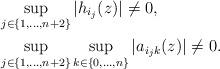
LaTeX: \begin{align*}& \sup_{j\in \{1,\ldots, n+2\}}|h_{i_{j}}(z)|\neq 0,\\& \sup_{j\in \{1,\ldots, n+2\}} \sup_{k\in \{0,\ldots,n\}}|a_{i_{j}k}(z)| \neq 0.\end{align*}